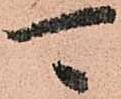
可